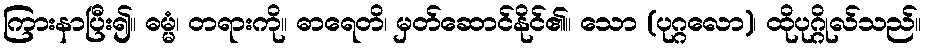
ကြားနာပြီး၍။ ဓမ္မံ၊ တရားကို။ ဓာရေတိ၊ မှတ်ဆောင်နိုင်၏။ သော (ပုဂ္ဂလော)၊ ထိုပုဂ္ဂိုလ်သည်။